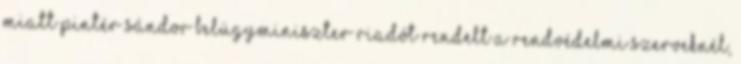
miatt Pintér Sándor belügyminiszter riadót rendelt a rendvédelmi szerveknél,